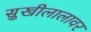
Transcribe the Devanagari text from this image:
सुखीलालावर